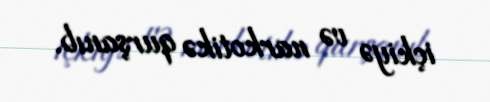
içkiyə və narkotikə qurşanıb.